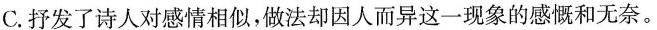
C.抒发了诗人对感情相似，做法却因人而异这一现象的感慨和无奈。